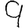
Digit: 9